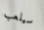
سيلعب